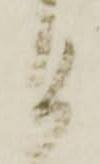
る